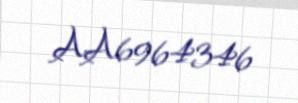
AA6964346